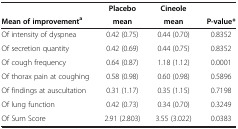
<table><thead><tr><td><b> </b></td><td><b>Placebo</b></td><td><b>Cineole</b></td><td><b> </b></td></tr><tr><td><b>Mean of improvement<sup>a</sup></b></td><td><b>mean</b></td><td><b>mean</b></td><td><b>P-value*</b></td></tr></thead><tbody><tr><td>Of intensity of dyspnea</td><td>0.42 (0.75)</td><td>0.44 (0.70)</td><td>0.8352</td></tr><tr><td>Of secretion quantity</td><td>0.42 (0.69)</td><td>0.44 (0.75)</td><td>0.8352</td></tr><tr><td>Of cough frequency</td><td>0.64 (0.87)</td><td>1.18 (1.12)</td><td>0.0001</td></tr><tr><td>Of thorax pain at coughing</td><td>0.58 (0.98)</td><td>0.60 (0.98)</td><td>0.5896</td></tr><tr><td>Of findings at auscultation</td><td>0.31 (1.17)</td><td>0.35 (1.15)</td><td>0.7198</td></tr><tr><td>Of lung function</td><td>0.42 (0.73)</td><td>0.34 (0.70)</td><td>0.3249</td></tr><tr><td>Of Sum Score</td><td>2.91 (2.803)</td><td>3.55 (3.022)</td><td>0.0383</td></tr></tbody></table>